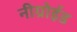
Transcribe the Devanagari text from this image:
नीग्रोईड